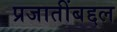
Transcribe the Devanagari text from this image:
प्रजातींबद्दल